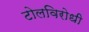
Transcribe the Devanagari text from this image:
टोलविरोधी